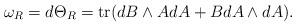
LaTeX: \begin{align*} \omega_R=d\Theta_R=\operatorname{tr}(dB\wedge AdA+BdA\wedge dA).\end{align*}